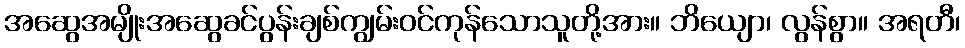
အဆွေအမျိုးအဆွေခင်ပွန်းချစ်ကျွမ်းဝင်ကုန်သောသူတို့အား။ ဘိယျော၊ လွန်စွာ။ အရတီ၊